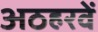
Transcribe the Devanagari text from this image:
अठहरवें